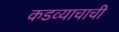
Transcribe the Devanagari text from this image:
कडव्याचाची